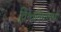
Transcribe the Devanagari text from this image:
विश्वविद्यालयए